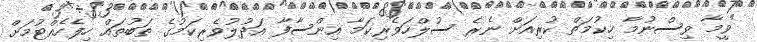
"ވީމާ ވިސްނުމާ ހިކުމަތް ކުރިއަށް ނެރެ ސުލްހަވެރިކަމާ އިންސާފާ އަދުލުވެރިކަމުގެ ތަބުތައް ހިފެހެއްޓުމަށް